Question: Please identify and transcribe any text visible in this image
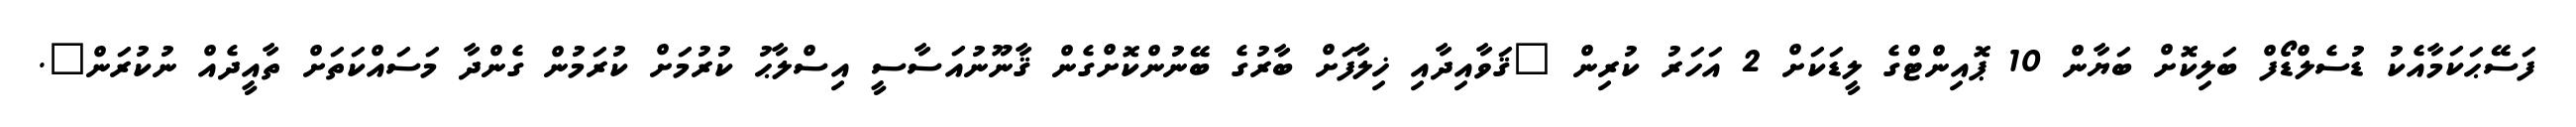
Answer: ފަސޭޙަކަމާއެކު ޑުސެލްޑޯފް ބަލިކޮށް ބަޔާން 10 ޕޮއިންޓްގެ ލީޑަކަށް 2 އަހަރު ކުރިން "ޤަވާއިދާއި ޚިލާފަށް ބާރުގެ ބޭނުންކޮށްގެން ޤާނޫނުއަސާސީ އިސްލާޙު ކުރުމަށް ކުރަމުން ގެންދާ މަސައްކަތަށް ތާއީދެއް ނުކުރަން".